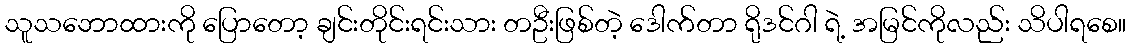
သူသဘောထားကို ပြောတော့ ချင်းတိုင်းရင်းသား တဦးဖြစ်တဲ့ ဒေါက်တာ ရိုဒင်ဂါ ရဲ့ အမြင်ကိုလည်း သိပါရစေ။